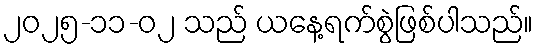
၂၀၂၅-၁၁-၀၂ သည် ယနေ့ရက်စွဲဖြစ်ပါသည်။